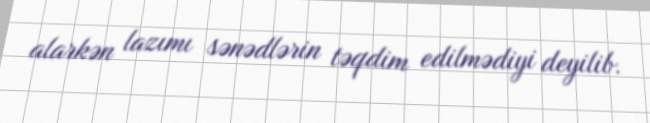
alarkən lazımı sənədlərin təqdim edilmədiyi deyilib.